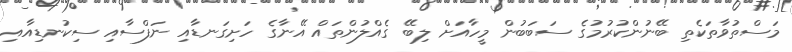
މަސްތުވާތަކެތި ބޭނުންކުރުމުގެ ސަބަބުން މީހާއަށް ލިބޭ ގެއްލުންތައް އޭނާގެ ހަށިގަނޑާއި ނަފްސާއި ސިކުނޑިއާއި